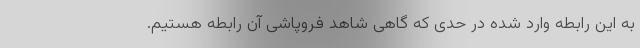
به این رابطه وارد شده در حدی که گاهی شاهد فروپاشی آن رابطه هستیم.